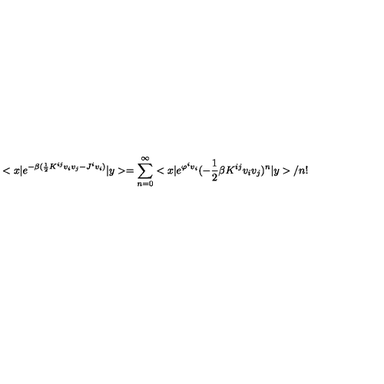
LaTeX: < x | e ^ { - \beta ( \frac { 1 } { 2 } K ^ { i j } v _ { i } v _ { j } - J ^ { i } v _ { i } ) } | y > = \sum _ { n = 0 } ^ { \infty } < x | e ^ { \varphi ^ { i } v _ { i } } ( - \frac { 1 } { 2 } \beta K ^ { i j } v _ { i } v _ { j } ) ^ { n } | y > / n !